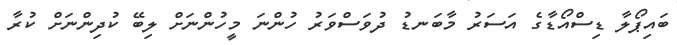
ބައިޕޯލާ ޑިސްއޯޑާގެ އަސަރު މާބަނޑު ދުވަސްވަރު ހުންނަ މީހުންނަށް ލިބޭ ކުދިންނަށް ކުރާ